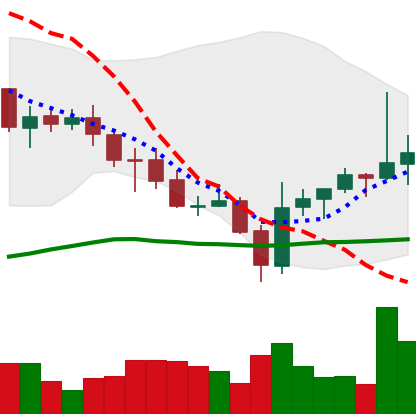
Ticker: ADA-USD
Chart end date: 2021-07-27
Forward return: 3.073%
Label: up_3_5